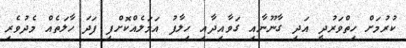
ކުރުމަށް ހިތްވަރުދީ އަދި ގާނޫނާއި ގަވާއިދާއި ހިލާފު އަމަލެއްކޮށްފި ފަދަ ހާލަތެއް މެދުވެރި